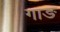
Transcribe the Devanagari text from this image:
गाङ